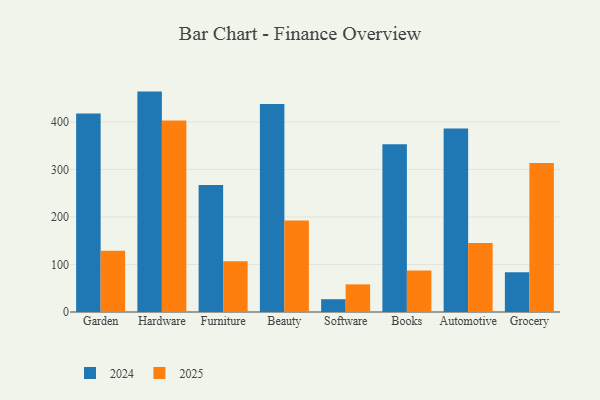
{"axis": {"x": "Category", "y": "Shipments"}, "legend": ["2024", "2025"], "data": [{"x": "Garden", "y": 128.9, "type": "2025"}, {"x": "Garden", "y": 417.7, "type": "2024"}, {"x": "Hardware", "y": 403.2, "type": "2025"}, {"x": "Hardware", "y": 463.8, "type": "2024"}, {"x": "Furniture", "y": 106.7, "type": "2025"}, {"x": "Furniture", "y": 267.0, "type": "2024"}, {"x": "Beauty", "y": 192.5, "type": "2025"}, {"x": "Beauty", "y": 437.8, "type": "2024"}, {"x": "Software", "y": 58.1, "type": "2025"}, {"x": "Software", "y": 26.9, "type": "2024"}, {"x": "Books", "y": 87.2, "type": "2025"}, {"x": "Books", "y": 353.1, "type": "2024"}, {"x": "Automotive", "y": 145.3, "type": "2025"}, {"x": "Automotive", "y": 386.1, "type": "2024"}, {"x": "Grocery", "y": 313.8, "type": "2025"}, {"x": "Grocery", "y": 83.8, "type": "2024"}]}